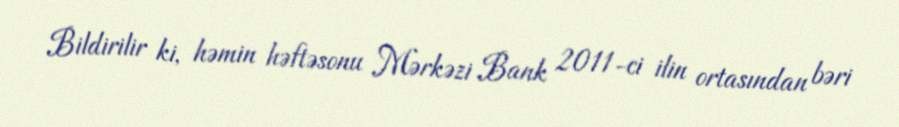
Bildirilir ki, həmin həftəsonu Mərkəzi Bank 2011-ci ilin ortasından bəri